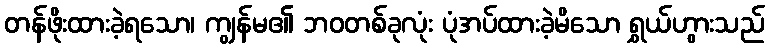
တန်ဖိုးထားခဲ့ရသော၊ ကျွန်မ၏ ဘဝတစ်ခုလုံး ပုံအပ်ထားခဲ့မိသော ရွှယ်ဟွားသည်